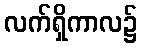
လက်ရှိကာလ၌